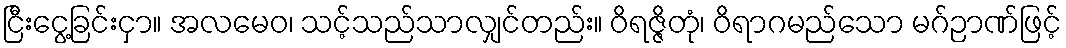
ငြီးငွေ့ခြင်းငှာ။ အလမေဝ၊ သင့်သည်သာလျှင်တည်း။ ဝိရဇ္ဇိတုံ၊ ဝိရာဂမည်သော မဂ်ဉာဏ်ဖြင့်